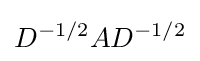
D^{-1/2}AD^{-1/2}